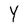
Character: Y